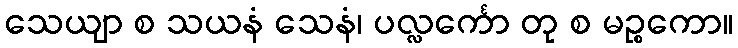
သေယျာ စ သယနံ သေနံ၊ ပလ္လင်္ကော တု စ မဉ္စကော။